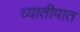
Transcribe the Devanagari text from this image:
व्यातीपात